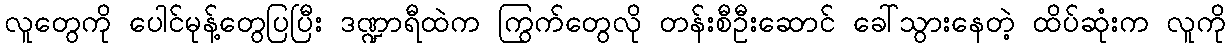
လူတွေကို ပေါင်မုန့်တွေပြပြီး ဒဏ္ဍာရီထဲက ကြွက်တွေလို တန်းစီဦးဆောင် ခေါ်သွားနေတဲ့ ထိပ်ဆုံးက လူကို